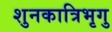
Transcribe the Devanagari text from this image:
शुनकात्रिभृगु